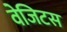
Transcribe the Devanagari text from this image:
वेजिटस